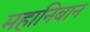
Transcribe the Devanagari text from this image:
महानिबान